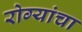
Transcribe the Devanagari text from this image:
रोग्यांचा